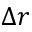
\Delta r